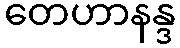
တေဟာနန္ဒ